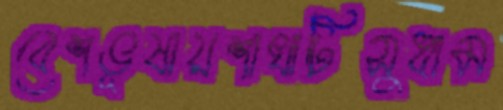
বেশভূষায়শাখাটিসুধাম